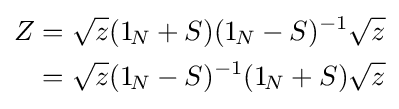
{\begin{aligned}Z&={\sqrt {z}}(1_{\!N}+S)(1_{\!N}-S)^{-1}{\sqrt {z}}\\&={\sqrt {z}}(1_{\!N}-S)^{-1}(1_{\!N}+S){\sqrt {z}}\\\end{aligned}}